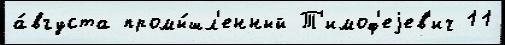
а́вгуста промы́шл'енный Т'имоф'еjев'ич 11